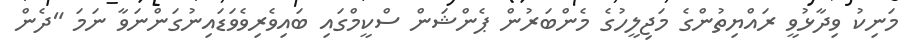
މަނިކު ވިދާޅުވީ ރައްޔިތުންގެ މަޖިލީހުގެ މެންބަރުން ޕެންޝަން ސްކީމްގައި ބައިވެރިވެވަޑައިނުގަންނަވާ ނަމަ "ދެން